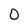
Character: 0